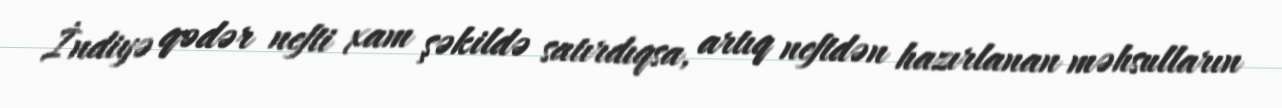
İndiyə qədər nefti xam şəkildə satırdıqsa, artıq neftdən hazırlanan məhsulların